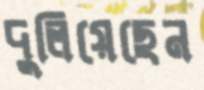
দুলিয়েছেন